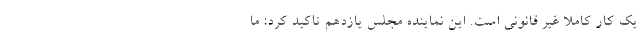
یک کار کاملا غیر قانونی است. این نماینده مجلس یازدهم تاکید کرد: ما